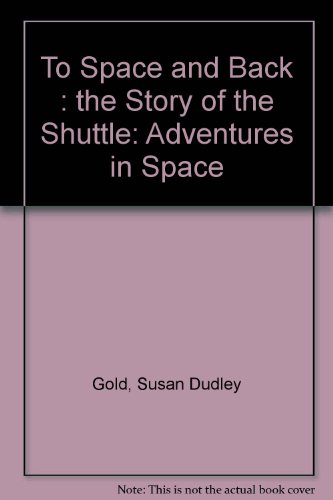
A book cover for To Space and Back: The Story of the Shuttle (Adventures in Space); Susan Dudley Gold; Children's Books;